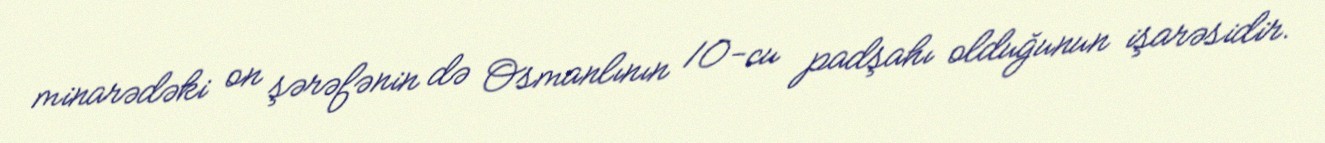
minarədəki on şərəfənin də Osmanlının 10-cu padşahı olduğunun işarəsidir.